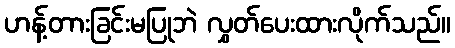
ဟန့်တားခြင်းမပြုဘဲ လွှတ်ပေးထားလိုက်သည်။